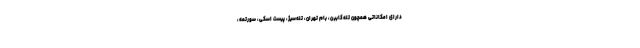
دارای امکاناتی همچون تله‌کابین، بام تهران، تله‌سیژ، پیست اسکی، سورتمه،